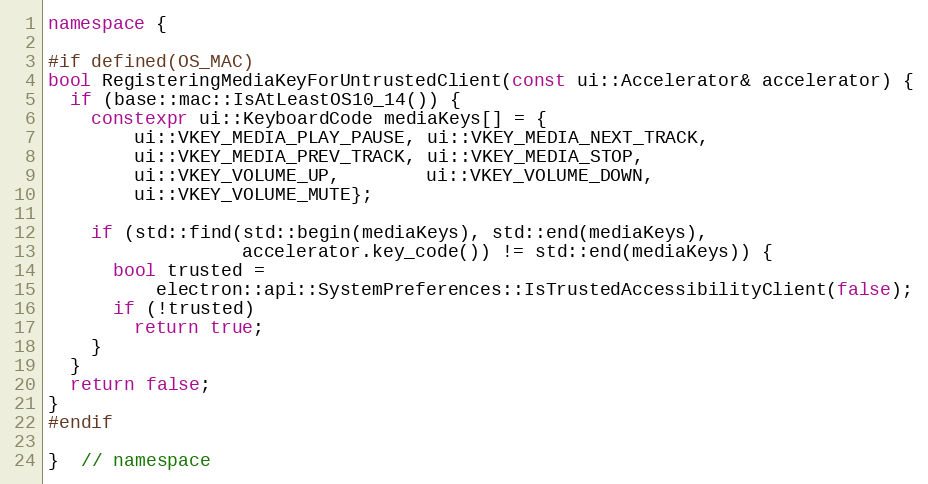
Language: C++
namespace {

#if defined(OS_MAC)
bool RegisteringMediaKeyForUntrustedClient(const ui::Accelerator& accelerator) {
  if (base::mac::IsAtLeastOS10_14()) {
    constexpr ui::KeyboardCode mediaKeys[] = {
        ui::VKEY_MEDIA_PLAY_PAUSE, ui::VKEY_MEDIA_NEXT_TRACK,
        ui::VKEY_MEDIA_PREV_TRACK, ui::VKEY_MEDIA_STOP,
        ui::VKEY_VOLUME_UP,        ui::VKEY_VOLUME_DOWN,
        ui::VKEY_VOLUME_MUTE};

    if (std::find(std::begin(mediaKeys), std::end(mediaKeys),
                  accelerator.key_code()) != std::end(mediaKeys)) {
      bool trusted =
          electron::api::SystemPreferences::IsTrustedAccessibilityClient(false);
      if (!trusted)
        return true;
    }
  }
  return false;
}
#endif

}  // namespace